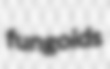
fungoids